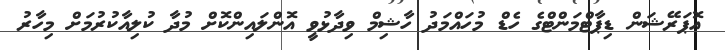
އޮޕަރޭޝަން ޑިޕާޓްމަންޓްގެ ހެޑް މުހައްމަދު ހާޝިމް ވިދާޅުވީ އޮންލައިންކޮށް މުދާ ކުލިއާކުރުމަށް މިހާރު